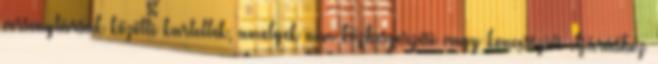
versenytársak közötti kartellek, amelyek nem közbeszerzési vagy koncessziós eljáráshoz